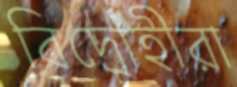
বিদ্রোহীরা